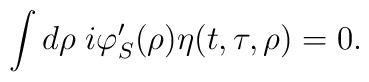
\int d\rho\;i\varphi'_S(\rho)\eta(t,\tau,\rho)=0.